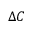
\Delta C